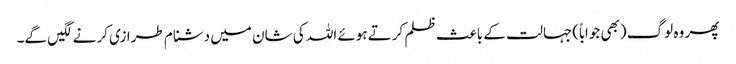
پھر وہ لوگ (بھی جواباً)جہالت کے باعث ظلم کرتے ہوئے اللہ کی شان میں دشنام طرازی کرنے لگیں گے۔